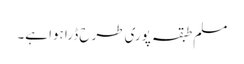
مسلم طبقہ پوری طرح ڈرا ہوا ہے۔